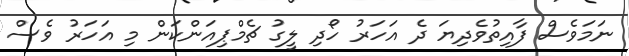
ނަމަވެސް ފާއިތުވެދިޔަ ދެ އަހަރު ހޯދި ލީގު ޗެމްޕިއަންކަން މި އަހަރު ވެސް